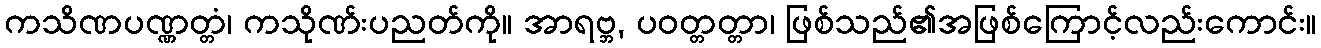
ကသိဏပဏ္ဏတ္တံ၊ ကသိုဏ်းပညတ်ကို။ အာရဗ္ဘ, ပဝတ္တတ္တာ၊ ဖြစ်သည်၏အဖြစ်ကြောင့်လည်းကောင်း။